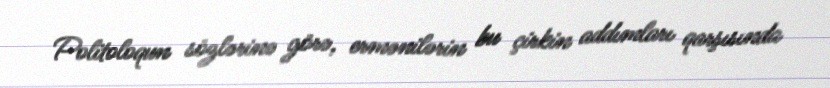
Politoloqun sözlərinə görə, ermənilərin bu çirkin addımları qarşısında